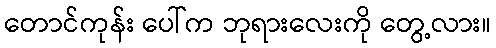
တောင်ကုန်း ပေါ်က ဘုရားလေးကို တွေ့လား။